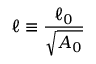
\ell \equiv \frac { \ell _ { 0 } } { \sqrt { A _ { 0 } } }